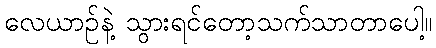
လေယာဉ်နဲ့ သွားရင်တော့သက်သာတာပေါ့။